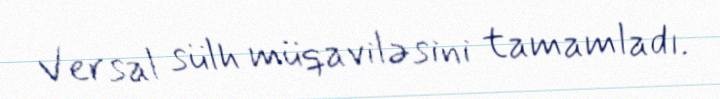
Versal sülh müqaviləsini tamamladı.